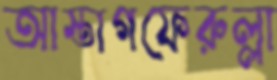
আস্তাগফেরুল্লা